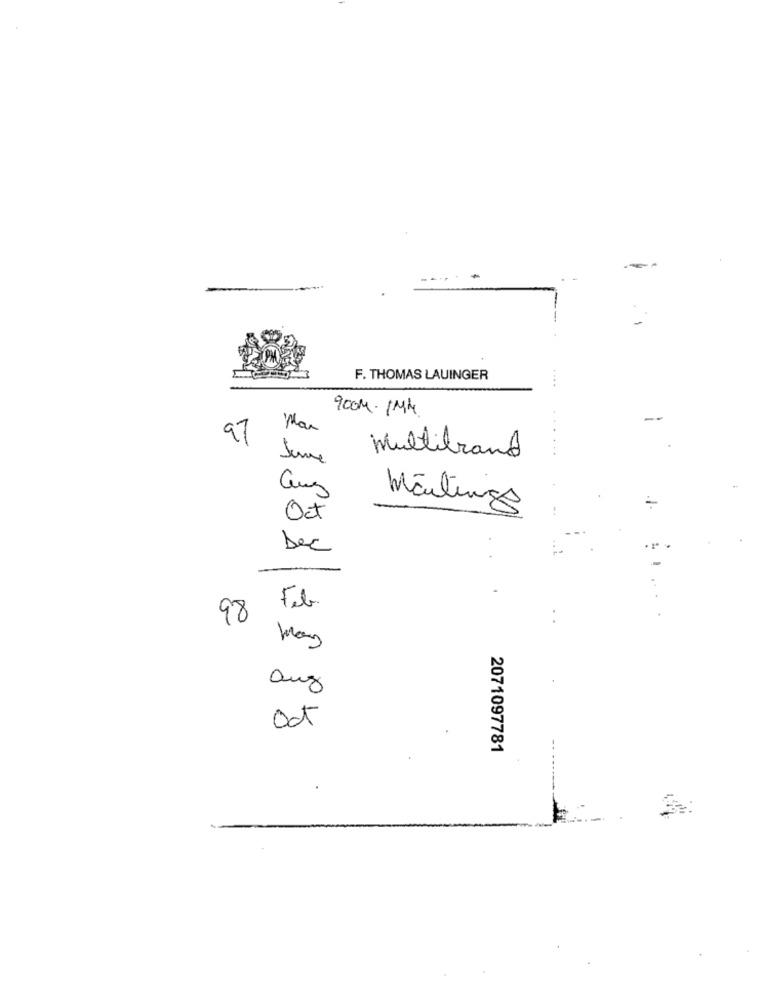
PM
F. THOMAS LAUINGER
900M. IMM
Man
97
Multibrand
aus
Mailings
-
Oct
Dec
Feb
98
May
auz
Oct
2071097781